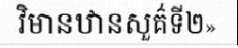
វិមានឋានសួគ៌ទី២»